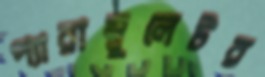
প্যারাম্বুলেটর